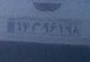
۱۷م۹۶۱۹۸